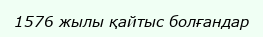
1576 жылы қайтыс болғандар